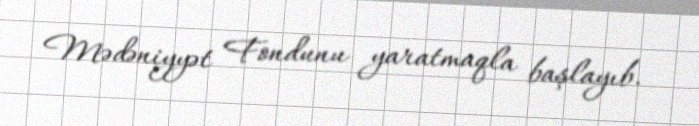
Mədəniyyət Fondunu yaratmaqla başlayıb.